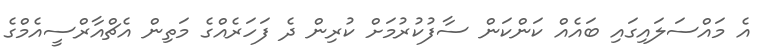
އެ މައްސަލައިގައި ބައެއް ކަންކަން ސާފުކުރުމަށް ކުރިން ދެ ފަހަރެއްގެ މަތިން އެޗްއާރްސީއެމްގެ